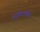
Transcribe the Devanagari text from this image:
मेनिंजायटीस